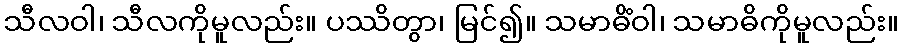
သီလဝါ၊ သီလကိုမူလည်း။ ပဿိတွာ၊ မြင်၍။ သမာဓိံဝါ၊ သမာဓိကိုမူလည်း။